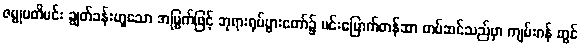
ဇမ္ဗုပတိမင်း ချွတ်ခန်းဟူသော အမြွက်ဖြင့် ဘုရားရုပ်ပွားတော်၌ မင်းမြောက်တန်ဆာ တပ်ဆင်သည်မှာ ကျမ်းဂန် တွင်